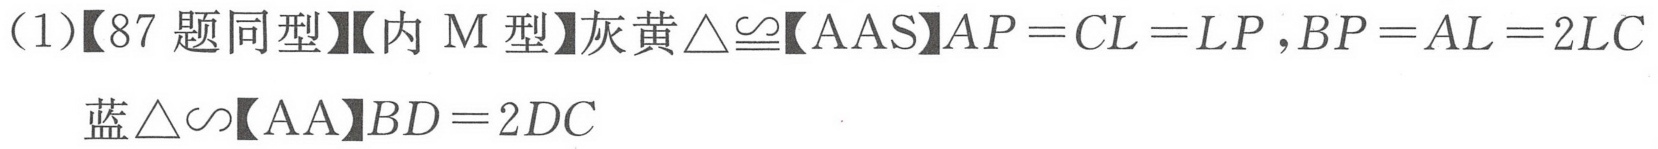
(1)【87题同型】【内\(M\)型】灰黄\(\triangle\cong\)【AAS】\(AP = CL = LP\),\(BP = AL = 2LC\)
蓝\(\triangle\sim\)【AA】\(BD = 2DC\)